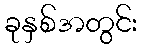
ခုနှစ်အတွင်း